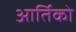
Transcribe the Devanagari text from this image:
आर्तिको